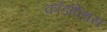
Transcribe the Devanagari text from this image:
कॉर्डाऐंथस